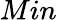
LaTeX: Min